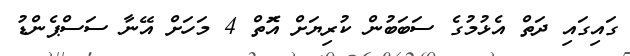
ގައިގައި ދަތް އެޅުމުގެ ސަބަބުން ކުރިޔަށް އަޮތް 4 މަހަށް އޭނާ ސަސްޕެންޑު